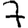
Digit: 7